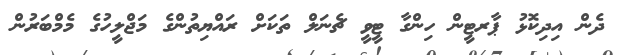
ދެން އިދިކޮޅު ޕާރޓީން ހިންގާ ޓީވީ ޗެނަލް ތަކަށް ރައްޔިތުންގެ މަޖްލީހުގެ މެމްބަރުން